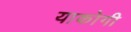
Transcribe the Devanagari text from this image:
याकोगी